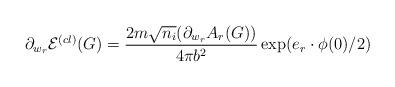
LaTeX: \begin{align*}\partial _{w_{r}}\mathcal{E}^{(cl)}(G)=\frac{2m\sqrt{n_{i}}(\partial_{w_{r}}A_{r}(G))}{4\pi b^{2}}\exp (e_{r}\cdot \phi (0)/2) \end{align*}